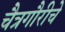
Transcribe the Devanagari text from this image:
चैत्रगौरीचे